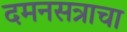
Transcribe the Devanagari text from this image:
दमनसत्राचा